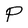
Character: P